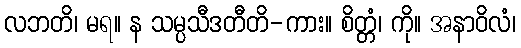
လဘတိ၊ မရ။ န သမ္ပသီဒတီတိ-ကား။ စိတ္တံ၊ ကို။ အနာဝိလံ၊